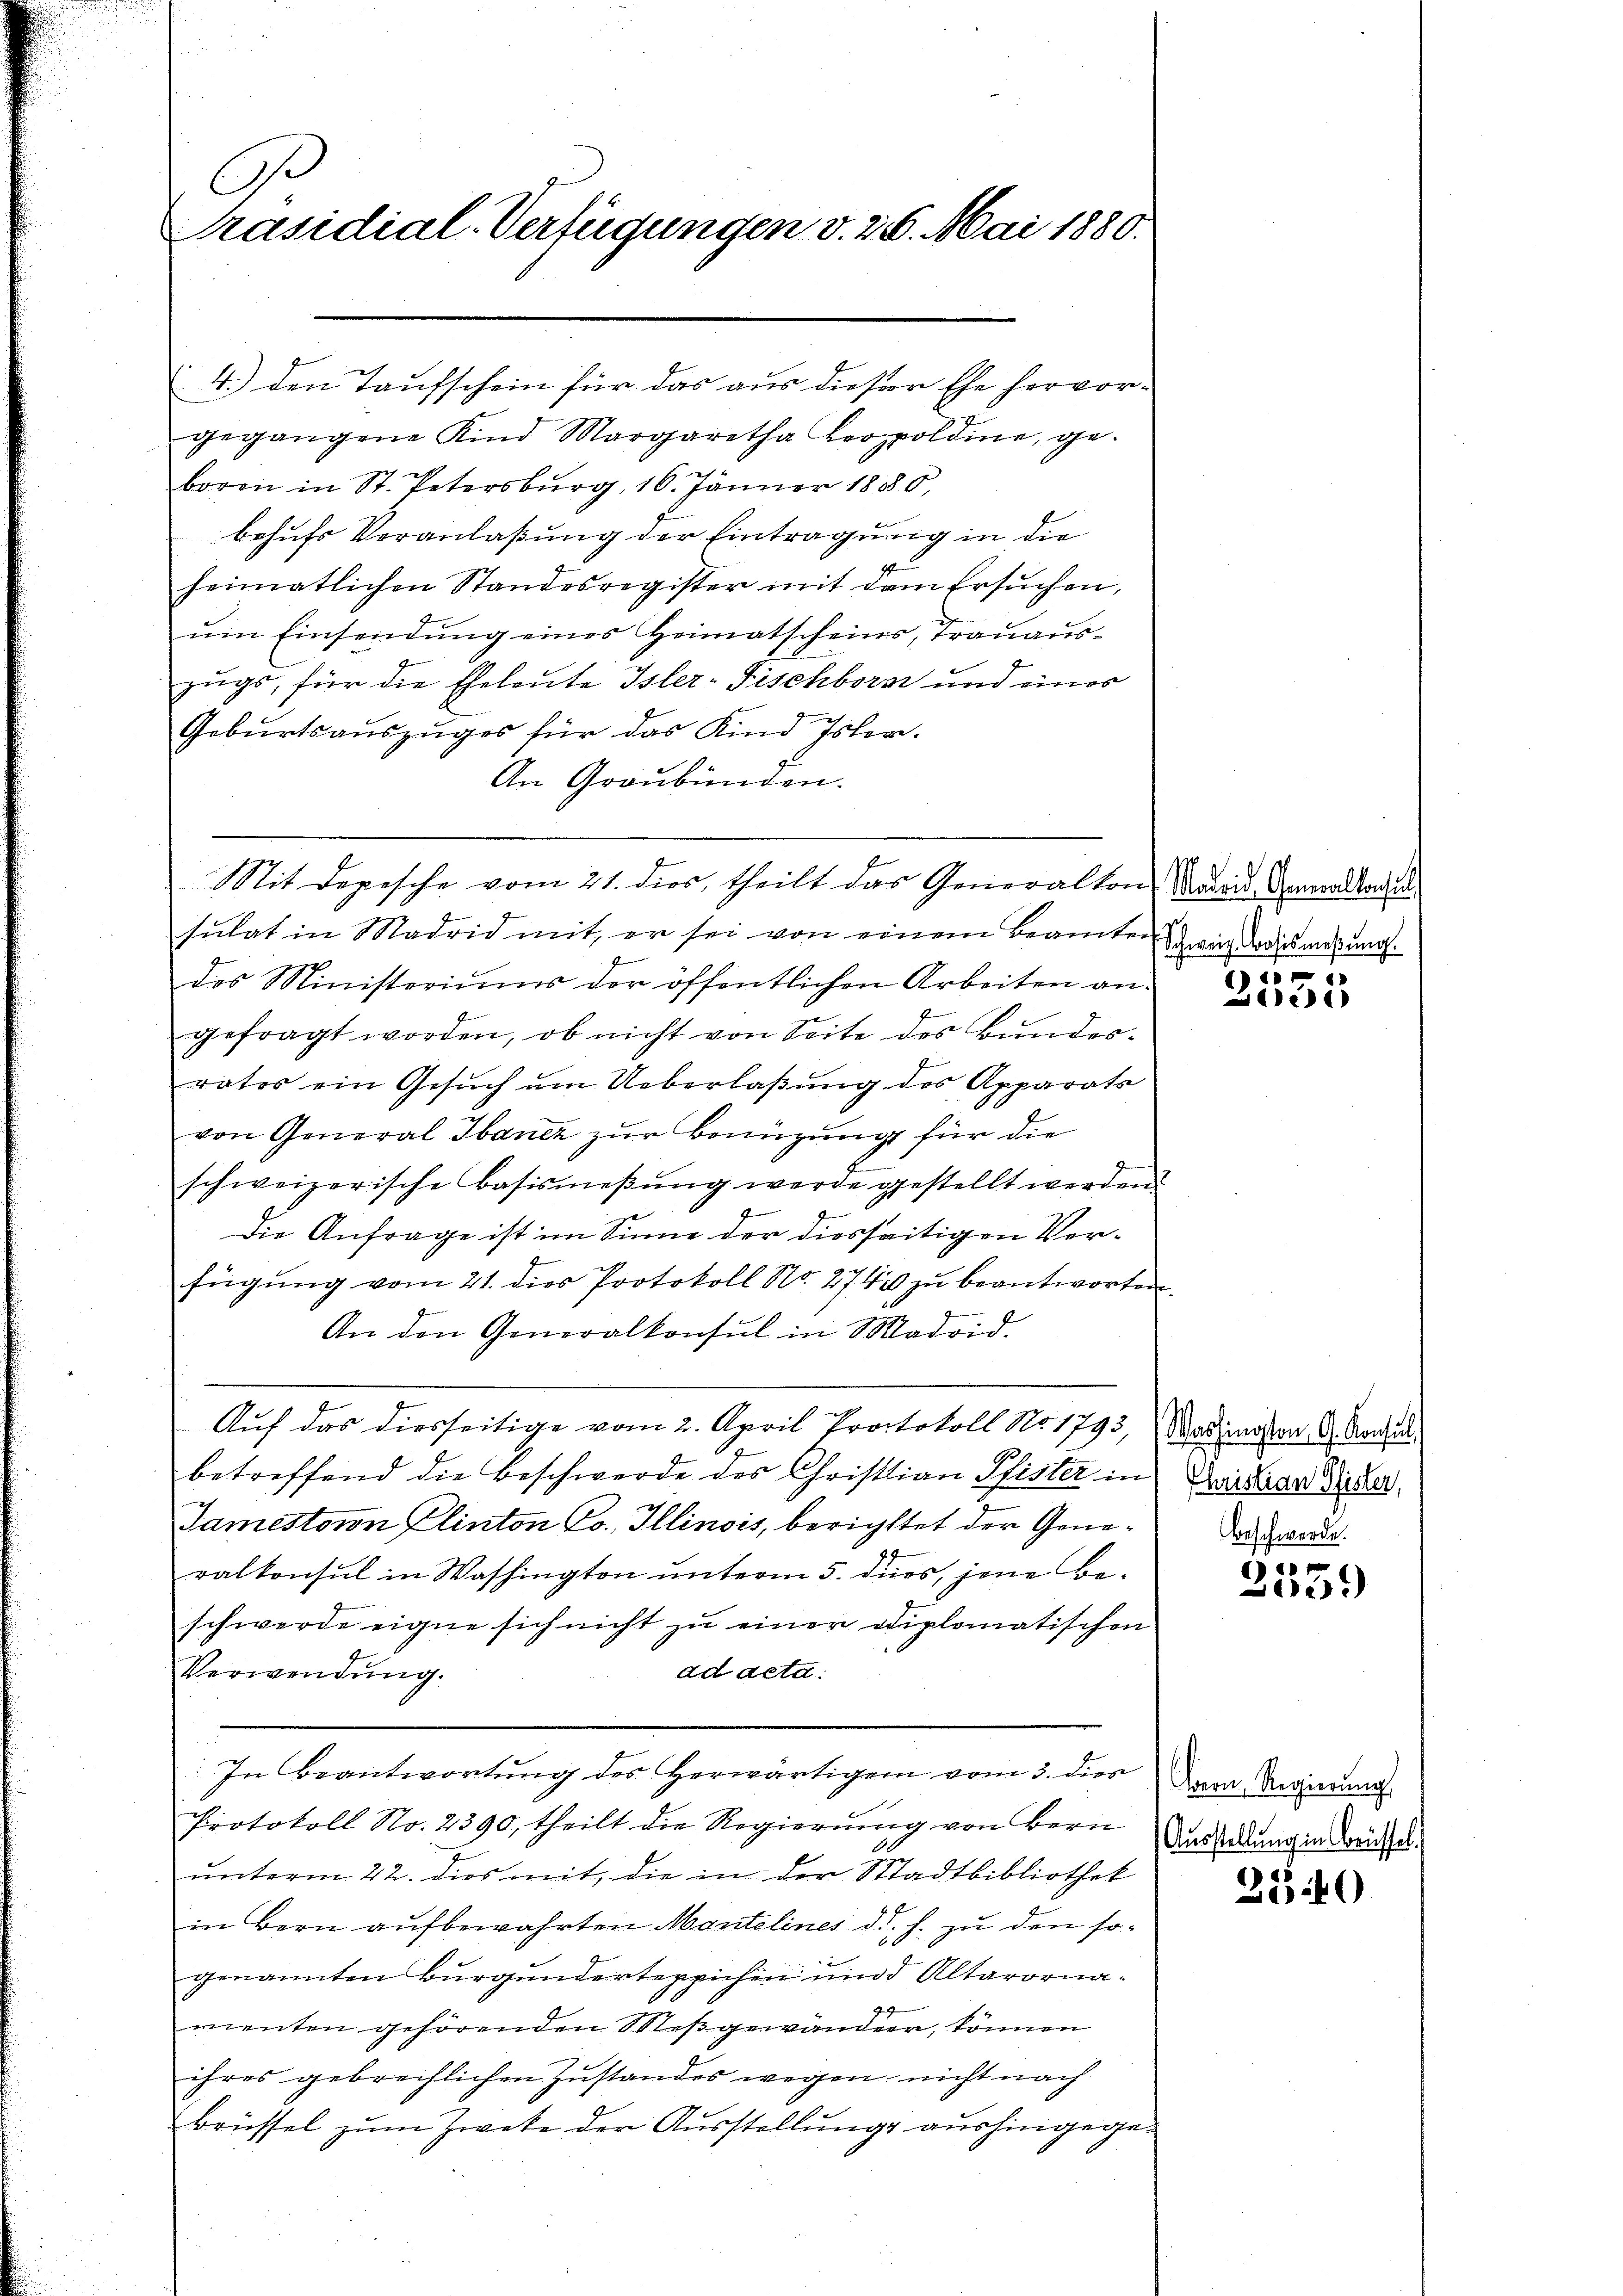
C
Präsidial-Verfügungen v. 26. Mai 1880.

4.) den Taufschein für das aus dieser Ehe hervorgegangene Kind Margaretha Leopoldine, geboren in St. Petersburg, 16. Jänner 1880,
behufs Veranlaßung der Eintragung in die
heimatlichen Standesregister mit dem Ersuchen,
um Einsendung eines Heimatscheins, Trauauszugs, für die Eheleute Isler-Fischborat und eines
Geburtsauszuges für das Kind Isler.
An Graubünden.
sulat in Madrid mit, er sei von einem Beamte ich dass mesung.
In
des Ministeriums der öffentlichen Arbeiten an
gefragt worden, ob nicht von Seite des Bundes-
rates ein Gesŭch ŭm Ueberlaßung des Apparats
von General Sancz zur Benüzung für die
schweizerische Basismeβŭng werde gestellt werden,
Die Anfrage ist im Sinne der diesseitigen Verfügung vom 21. dies Protokoll No. 274 zu beantworte
An den Generalkonsul in Madrid.
Auf das diesseitige vom 2. April Protokoll No 1793,
betreffend die Beschwerde des Christian Pfister in
Jamestoron Elinton Co. Illinois, berichttet der Generalkonsul in Washington unterm 5. dies, jene Beschwerde eigne sich nicht zu einer diplomatischen
ad aetd:
Verwendung.
In Beantwortung des Herwärtigem vom 3. dies
Protokoll No. 2390, theilt die Regierung von Bern
unterm 22. dies mit, die in der Stadtbibliothek
in Bern aufbewahrten Mantelines d. h. zu den sogenannten Burgunderteppichen und Altarornaz.
menten gehörenden Meßgewander, können
ihres gebrechlichen Zustandes wegen nicht nach
Brüssel zum Zwete der Ausstellung aushingege

Mit Depesche vom 21. dies, theilt das Generalton Admois Genanstandel

1
e

Washington G. Konsul,
Phristian Pfister,
Beschwerde.

x
.
2)

Bern, Regierung
Ausstellung in Grüssel.

2540